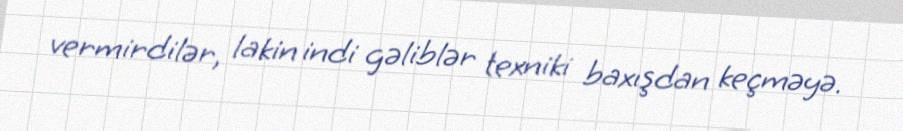
vermirdilər, lakin indi gəliblər texniki baxışdan keçməyə.